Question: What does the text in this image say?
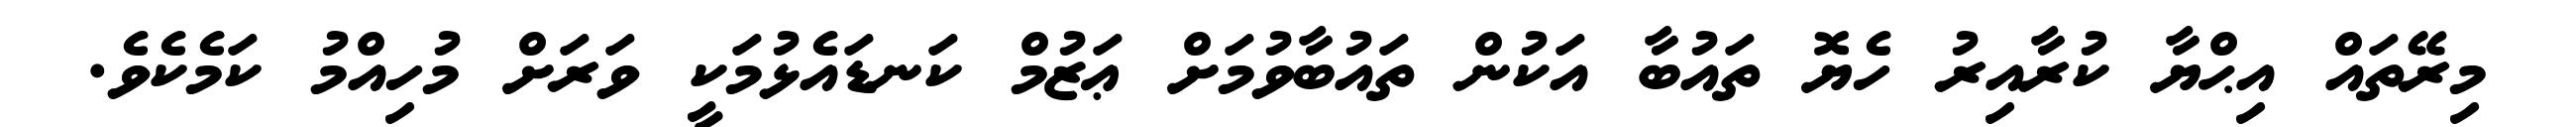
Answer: މިރޭތައް އިޙްޔާ ކުރާއިރު ހެޔޮ ތައުބާ އަކުން ތައުބާވުމަށް ޢަޒުމް ކަނޑައެޅުމަކީ ވަރަށް މުހިއްމު ކަމެކެވެ.